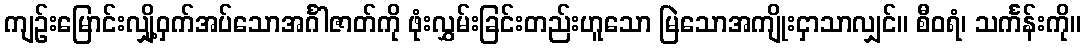
ကျဉ်းမြောင်းလျှို့ဝှက်အပ်သောအင်္ဂါဇာတ်ကို ဖုံးလွှမ်းခြင်းတည်းဟူသော မြဲသောအကျိုးငှာသာလျှင်။ စီဝရံ၊ သင်္ကန်းကို။